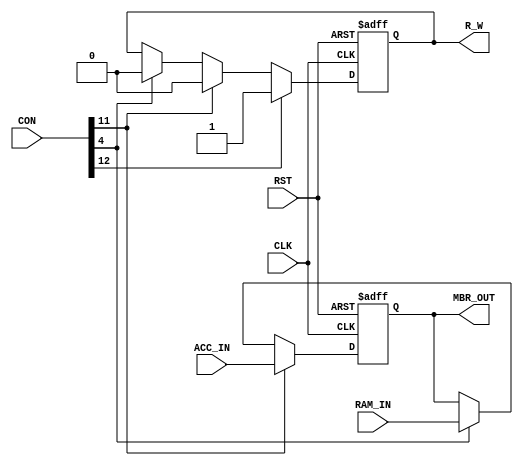
`timescale 1ns / 1ps
//////////////////////////////////////////////////////////////////////////////////
// Company: 
// Engineer: 
// 
// Design Name: 
// Module Name:    MBR_001 
// Project Name: 
// Target Devices: 
// Tool versions: 
// Description: 
//
// Dependencies: 
//
// Revision: 
// Revision 0.01 - File Created
// Additional Comments: 
//
//////////////////////////////////////////////////////////////////////////////////
module MBR_001(CON,CLK,RAM_IN,MBR_OUT,ACC_IN,R_W,RST);

	input CLK,RST;
	input [15:0] RAM_IN,ACC_IN;
	input [31:0] CON;
	output reg[15:0] MBR_OUT;
	output reg R_W;
	
	initial
		begin
		R_W <= 0;
		MBR_OUT <= 0;		
	end

	always@(posedge CLK or posedge RST)
		begin
		if(RST)
			begin
			R_W <= 0;
			MBR_OUT <= 0;
		end
		
		else
			begin
			if(CON[4])
				begin
				MBR_OUT <= RAM_IN;
				R_W <= 0;
			end
			else;
			if(CON[11])
				begin
				MBR_OUT <= ACC_IN;
				R_W <= 0;
			end
			else;
			if(CON[12])
				begin
				//MBR_OUT <= ACC_IN;
				R_W <= 1;
			end
			else;					
		end
	end
endmodule